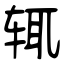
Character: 辄